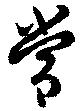
常